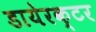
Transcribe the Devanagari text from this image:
डायेरक्टर